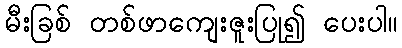
မီးခြစ် တစ်ဖာကျေးဇူးပြု၍ ပေးပါ။